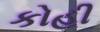
કોહી